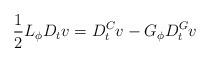
LaTeX: \begin{align*}\frac 1 2 L_\phi D_t v = D_t^C v - G_\phi D_t^G v\end{align*}